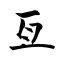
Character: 亙